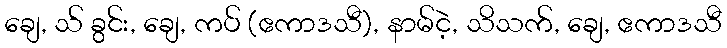
ချေ, သ် ခွင်း, ချေ, ကပ် (ဧကာဒသီ), နာမ်ငဲ့, သိသက်, ချေ, ဧကာဒသီ